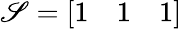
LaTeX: \mathscr{S}={\left[\begin{array}{lll}{1}&{1}&{1}\end{array}\right]}